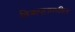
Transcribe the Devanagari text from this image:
विजापूरामधील